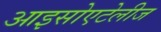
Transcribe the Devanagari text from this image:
आइसोएटेलीज